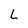
Character: L